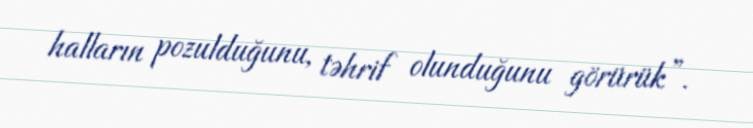
halların pozulduğunu, təhrif olunduğunu görürük”.